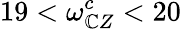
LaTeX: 19<\omega_{\mathbb{C}Z}^{c}<20